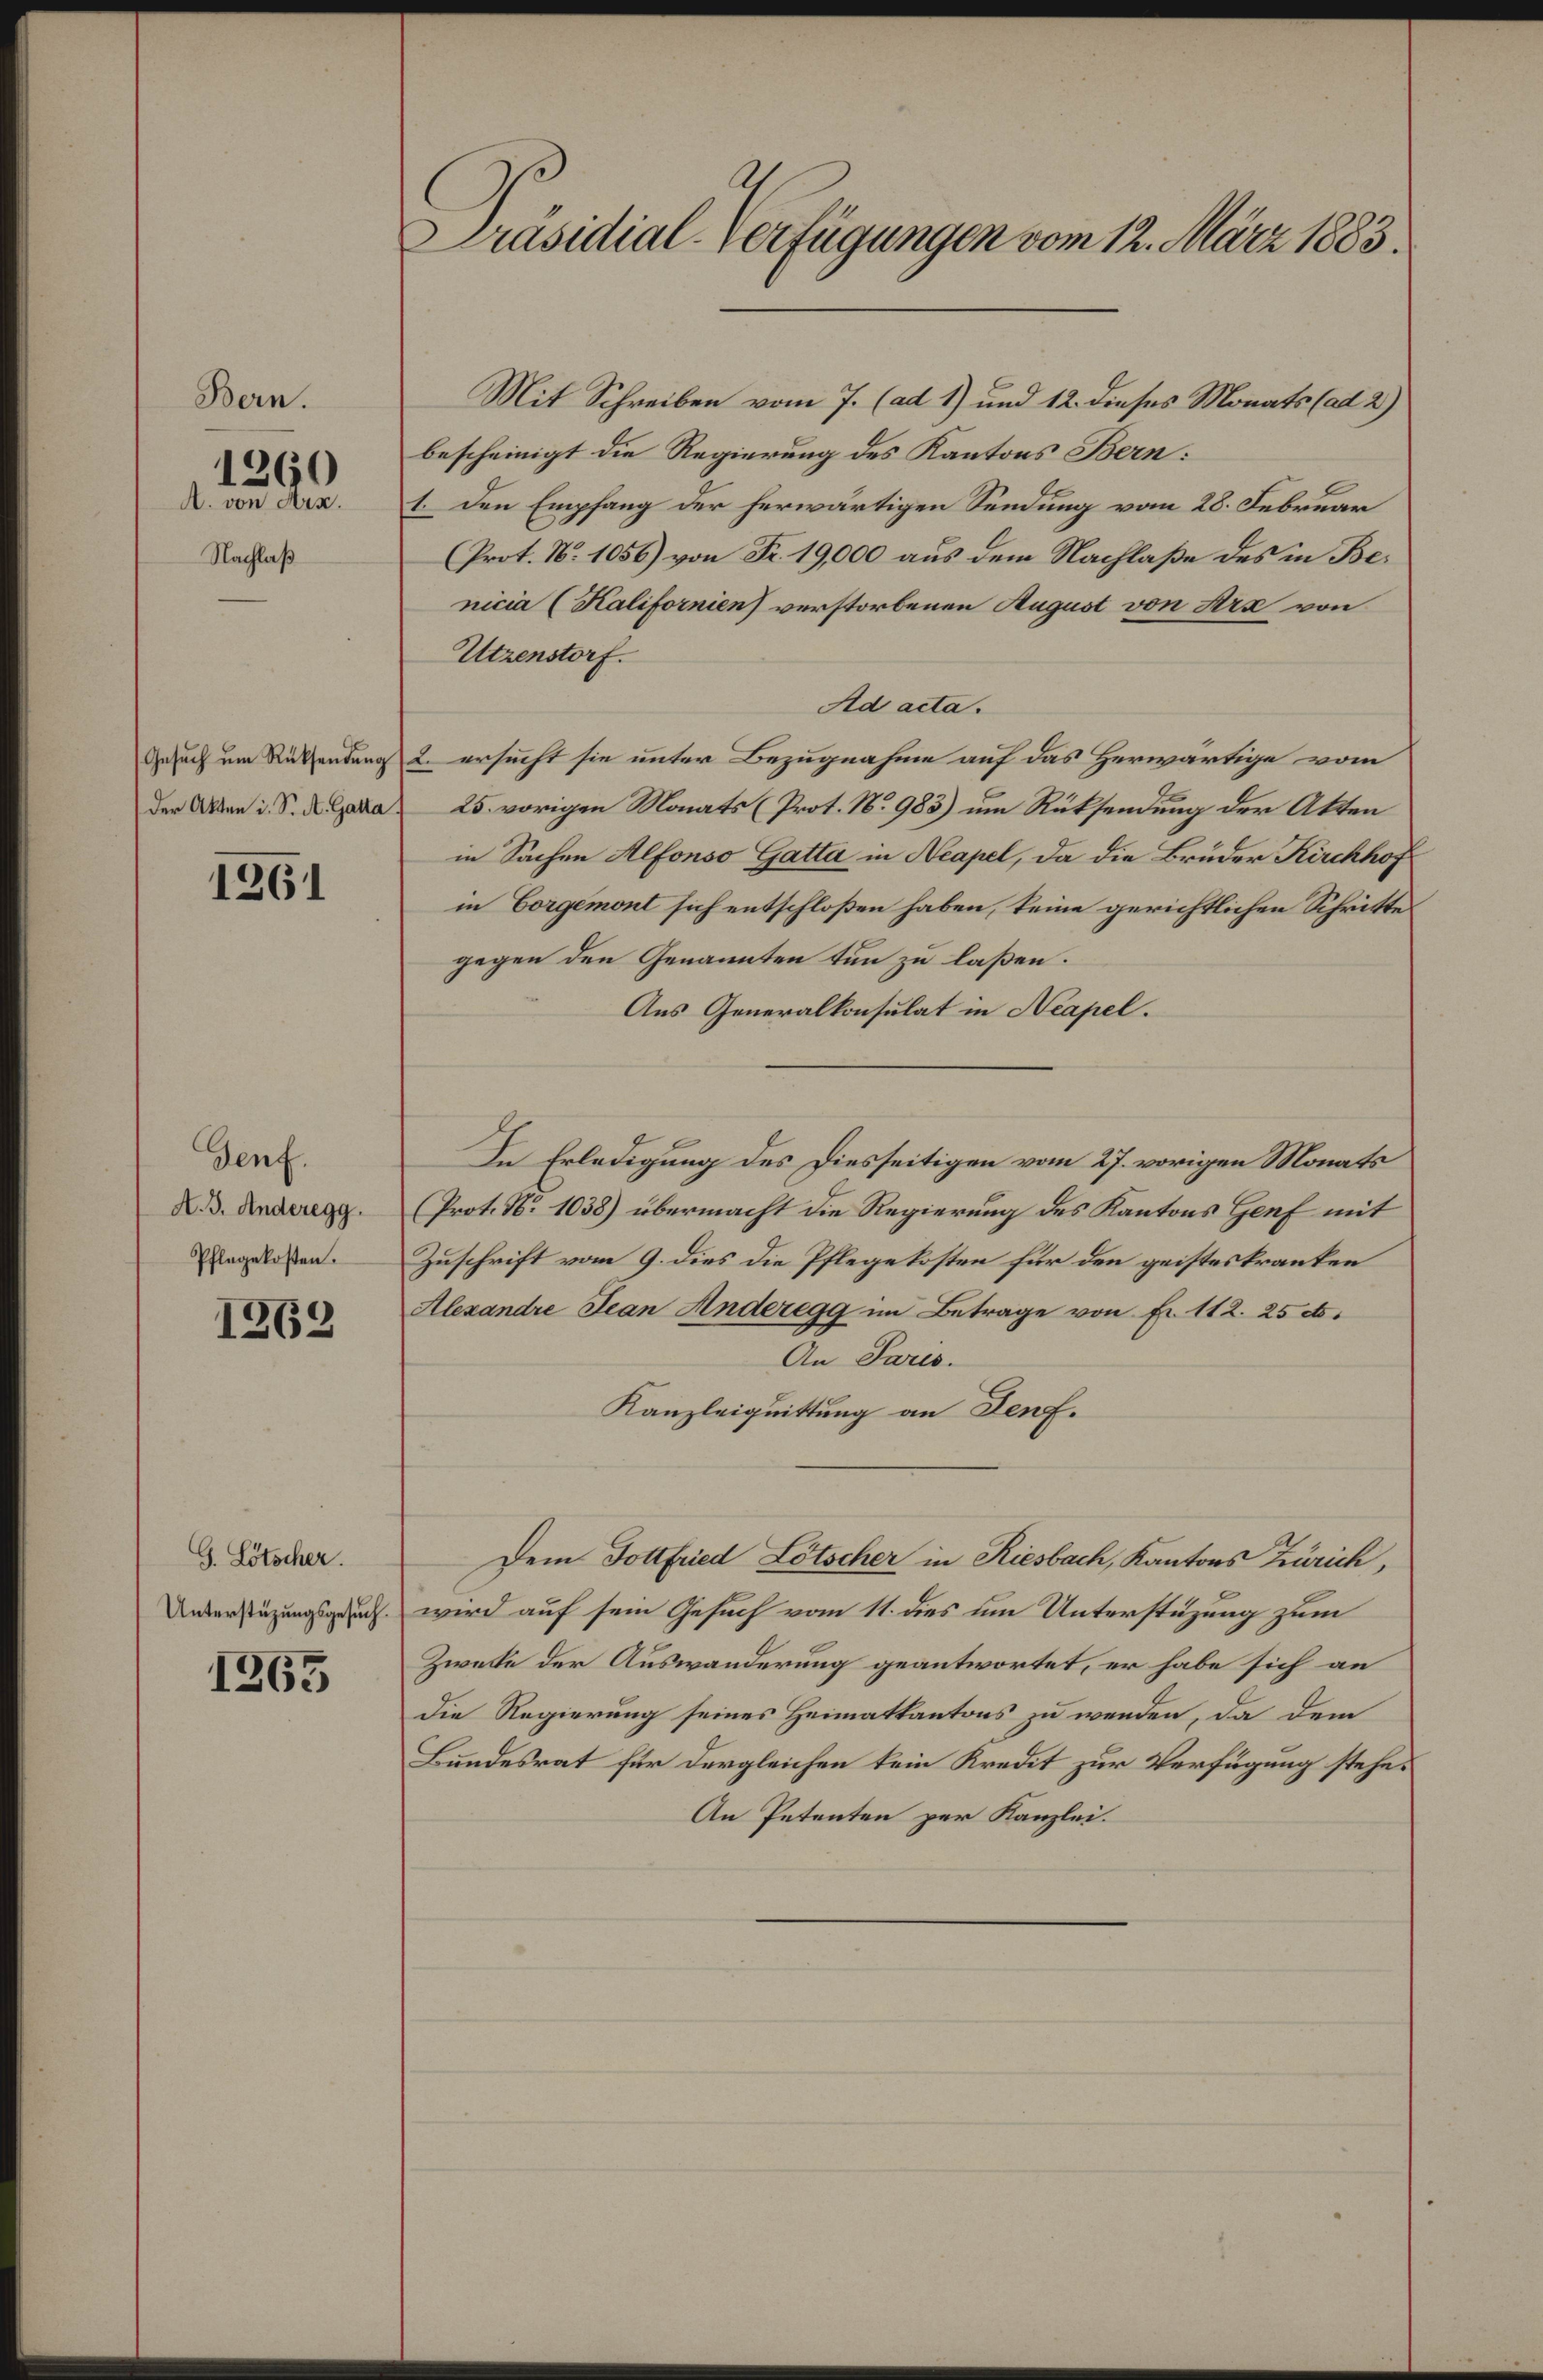
Bern.

Nachlaß

1260
A. von Arn.

Der Akten i. S. A. Gatta

1261

Genf.
A. 3. Anderegg.
Pflegekosten.

1269

G. Lötscher.
Unterstüzungsgesuch.

1363

Präsidial-Verfügungen vom 12. März 1883.

Mit Schreiben vom 7. (ad 1) und 12. dieses Monats (ad 2.)
bescheinigt die Regierung des Kantons Bern:
1. Den Empfang der herwärtigen Sendung vom 28. Februar
(Prot. N. 1056) von Fr. 19,000 aus dem Nachlaße des in Benicia (Kalifornien) verstorbenen August von Stra von
Utzenstorf.
Ad acta.
Gesuch um Rücksendung 2. ersucht sie unter Bezugnahme auf das Herwärtige vom
25. vorigen Monats (Prot. No 983) um Rücksendung der Akten
in Sachen Alfonso Gatta in Neapel, da die Bruder Kirchhof
in Corgemont sich entschloßen haben, keine gerichtlichen Schritte
gegen den Genannten tun zu laßen.
Aus Generalkonsulat in Neapel.
In Erledigung des Diesseitigen vom 27. vorigen Monats
(Prot. N. 1038) übermacht die Regierung des Kantons Genf mit
Zuschrift vom 9. dies die Pflegekosten für den geisteskranken
Alexandre Jean Anderegg im Betrage von Fr. 112. 25 c.
An Paris.
Kanzleiquittung an Denf.
Dem Gottfried Lötscher in Riesbach, Kantons Zürich,
wird auf sein Gesuch vom 11. dies um Unterstüzung zum
Zwecke der Auswanderung geantwortet, er habe sich an
Die Regierung seines Heimatkantons zu wenden, da dem
Bundesrat für dergleichen kein Kredit zur Verfügung stehe¬
An Petenten per Kanzlei.